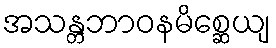
အသန္တဘာဝနမိစ္ဆေယျ